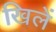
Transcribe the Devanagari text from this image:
खिलें